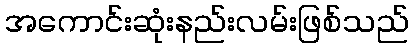
အကောင်းဆုံးနည်းလမ်းဖြစ်သည်